Reports on dispensaries and lunatic asylums in the Province of Oudh - 1869-1876
Year: 1869
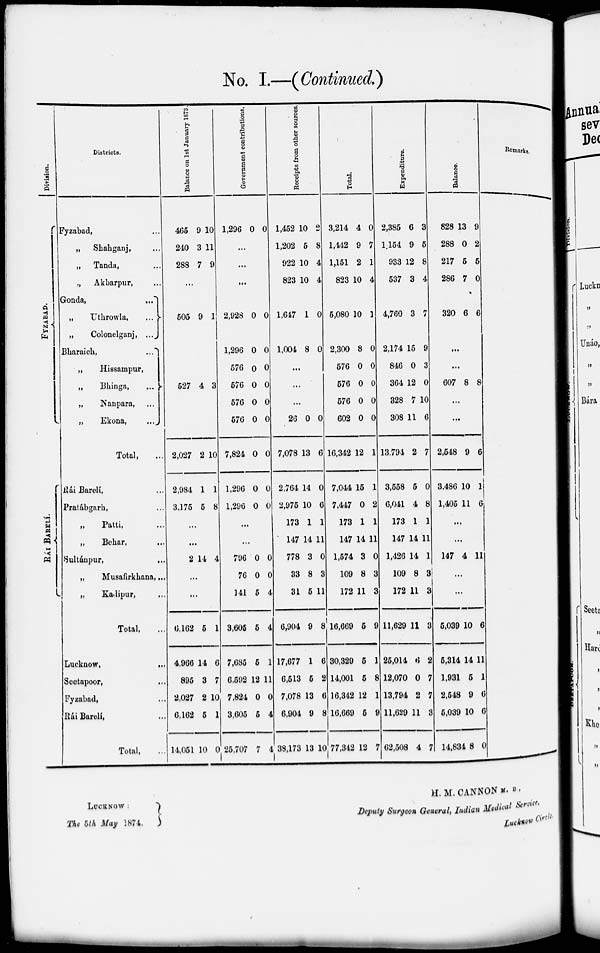
No. I.—(Continued.)
Division
FYZABAD.
RÁI BARALÍ
Districts.
Fyzabad, ...
„
Shahganj, ...
„
Tanda, ...
„ Akbarpur, ...
Gonda, ...
„
Uthrowla.
...
„
Colonelganj , ...
Bharaich ,
...
„
Hissampur, ...
„
Bhinga,
...
„
Nanpara, ...
„
Ekona,
...
Total, ...
Rái Barelí , ...
Pratábgarh , ...
„
Patti , ...
„
Bchar , ...
Sultánpur , ...
„
Musafirkhana , ...
„
Kadipur , ...
Total, ...
Lucknow ,
...
Seetapoor , ...
Fyzabad , ...
Rái Barelí , ...
Total, ...
Balance on 1st January 1873.
465
240
288
9
3
7
10
11
9
...
505
527
2,027
2,984
3,175
9
4
2
1
5
1
3
10
1
8
...
...
2 14 4
...
...
6,162
4,966
895
2,027
6,162
14,051
5
14
3
2
5
10
1
6
7
10
1
0
Government contributions.
1,296 0 0
...
...
...
2,928
1,296
576
576
576
576
7,824
1,296
1,296
0
0
0
0
0
0
0
0
0
0
0
0
0
0
0
0
0
0
...
...
796
76
141
3,606
7,685
6,592
7,824
3,605
25,707
0
0
5
5
5
12
0
5
7
0
0
4
4
1
11
0
4
4
Receipts from other sources.
1,452
1,202
922
823
1,647
1,004
10
5
10
10
1
8
2
8
4
4
0
0
...
...
...
26
7,078
2,764
2,975
173
147
778
33
31
6,904
17,677
6,513
7,078
6,904
38,173
0
13
14
10
1
14
3
8
5
9
1
5
13
9
13
0
6
0
6
1
11
0
3
11
8
6
2
6
8
10
Total.
3,214
1,442
1,151
823
5,080
2,300
576
576
576
602
16,342
7,044
7,447
173
147
1,574
109
172
16,669
30,329
14,001
16,342
16,669
77,342
4
9
2
10
10
8
0
0
0
0
12
15
0
1
14
3
8
11
5
5
5
12
5
12
0
7
1
4
1
0
0
0
0
0
1
1
2
1
11
0
3
3
9
1
8
1
9
7
Expenditure.
2,385
1,154
933
537
4,760
2,174
846
364
328
308
13,794
3,558
6,041
173
147
1,426
109
172
11,629
25,014
12,070
13,794
11,629
62,508
6
9
12
3
3
15
0
12
7
11
2
5
4
1
14
14
8
11
11
6
0
2
11
4
3
5
8
4
7
9
3
0
10
6
7
0
8
1
11
1
3
3
3
2
7
7
3
7
Balance.
828
288
217
286
320
13
0
5
7
6
9
2
5
0
6
...
...
607 8 8
...
...
2,548
3,486
1,405
9
10
11
6
1
6
...
...
147 4 11
...
...
5,039
5,314
1,931
2,548
5,039
14,834
10
14
5
9
10
8
6
11
1
6
6
0
Remarks.
LUCKNOW :
The 5th May 1874.
H. M. CANNON M. B. ,
Deputy Surgeon General , Indian Medical Service ,
Lucknow Circk